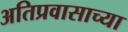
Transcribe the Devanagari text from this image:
अतिप्रवासाच्या